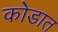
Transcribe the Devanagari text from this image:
कोडात